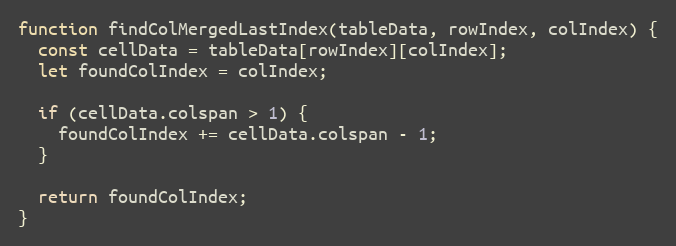
Language: JavaScript
function findColMergedLastIndex(tableData, rowIndex, colIndex) {
  const cellData = tableData[rowIndex][colIndex];
  let foundColIndex = colIndex;

  if (cellData.colspan > 1) {
    foundColIndex += cellData.colspan - 1;
  }

  return foundColIndex;
}